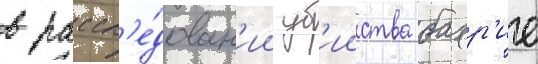
в рассл'е́дован'ии уб'ииства бахр'ие